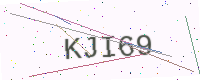
Text: KJI69